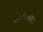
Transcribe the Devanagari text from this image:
इंग्रजाचेच